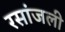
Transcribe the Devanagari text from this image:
रसांजली